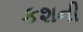
કશની